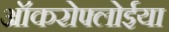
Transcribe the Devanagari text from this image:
ऑकरोफ्लोईया